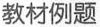
教材例题